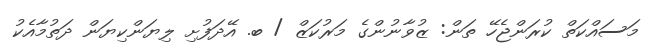
މަސައްކަތް ކުރަންޖެހޭ ތަން: ޒުވާނުންގެ މަރުކަޒް / ބ. އޭދަފުށި ލިޔަންކިޔަން ދަތުމާއެކު